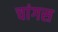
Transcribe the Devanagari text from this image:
चांगस